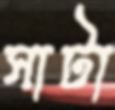
সাটা